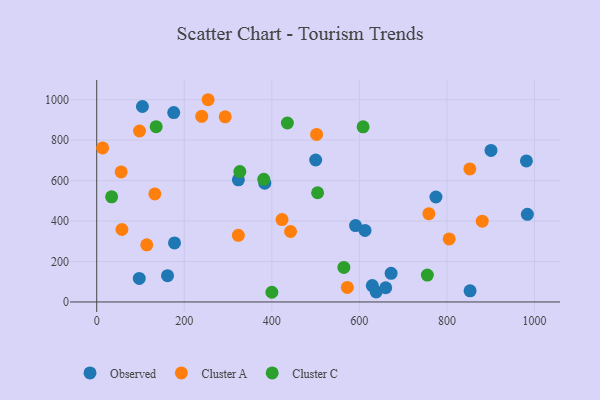
{"axis": {"x": "Study Hours", "y": "Demand"}, "legend": ["Cluster A", "Cluster C", "Observed"], "data": [{"x": "638.4", "y": 49.4, "type": "Observed"}, {"x": "660.2", "y": 70.2, "type": "Observed"}, {"x": "612.9", "y": 353.6, "type": "Observed"}, {"x": "981.6", "y": 697.4, "type": "Observed"}, {"x": "104.4", "y": 966.6, "type": "Observed"}, {"x": "323.6", "y": 603.9, "type": "Observed"}, {"x": "97.2", "y": 116.4, "type": "Observed"}, {"x": "175.9", "y": 936.3, "type": "Observed"}, {"x": "629.5", "y": 81.1, "type": "Observed"}, {"x": "774.9", "y": 518.9, "type": "Observed"}, {"x": "900.7", "y": 749.1, "type": "Observed"}, {"x": "500.2", "y": 702.0, "type": "Observed"}, {"x": "983.8", "y": 433.3, "type": "Observed"}, {"x": "383.9", "y": 587.5, "type": "Observed"}, {"x": "161.8", "y": 130.2, "type": "Observed"}, {"x": "177.7", "y": 291.9, "type": "Observed"}, {"x": "852.9", "y": 55.2, "type": "Observed"}, {"x": "672.5", "y": 141.5, "type": "Observed"}, {"x": "591.2", "y": 377.5, "type": "Observed"}, {"x": "97.8", "y": 845.3, "type": "Cluster A"}, {"x": "114.4", "y": 282.7, "type": "Cluster A"}, {"x": "572.5", "y": 72.1, "type": "Cluster A"}, {"x": "880.7", "y": 399.6, "type": "Cluster A"}, {"x": "323.5", "y": 329.4, "type": "Cluster A"}, {"x": "805.2", "y": 311.9, "type": "Cluster A"}, {"x": "132.8", "y": 534.2, "type": "Cluster A"}, {"x": "254.5", "y": 1000.0, "type": "Cluster A"}, {"x": "852.4", "y": 657.9, "type": "Cluster A"}, {"x": "423.3", "y": 407.4, "type": "Cluster A"}, {"x": "502.3", "y": 828.3, "type": "Cluster A"}, {"x": "57.6", "y": 358.3, "type": "Cluster A"}, {"x": "442.8", "y": 348.5, "type": "Cluster A"}, {"x": "239.9", "y": 917.9, "type": "Cluster A"}, {"x": "55.8", "y": 643.2, "type": "Cluster A"}, {"x": "293.5", "y": 915.6, "type": "Cluster A"}, {"x": "758.8", "y": 436.4, "type": "Cluster A"}, {"x": "13.5", "y": 761.6, "type": "Cluster A"}, {"x": "435.6", "y": 885.0, "type": "Cluster C"}, {"x": "504.6", "y": 539.9, "type": "Cluster C"}, {"x": "755.3", "y": 133.1, "type": "Cluster C"}, {"x": "381.6", "y": 606.2, "type": "Cluster C"}, {"x": "327.0", "y": 644.6, "type": "Cluster C"}, {"x": "400.1", "y": 47.9, "type": "Cluster C"}, {"x": "608.5", "y": 865.9, "type": "Cluster C"}, {"x": "135.8", "y": 866.9, "type": "Cluster C"}, {"x": "564.6", "y": 170.6, "type": "Cluster C"}, {"x": "34.1", "y": 519.7, "type": "Cluster C"}]}